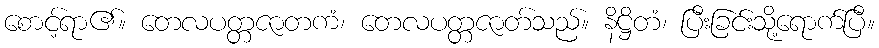
စောင့်ရာ၏။ တေလပတ္တဇာတကံ၊ တေလပတ္တဇာတ်သည်။ နိဋ္ဌိတံ၊ ပြီးခြင်းသို့ရောက်ပြီ။